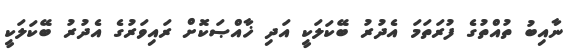
ނާއިބު ތުއްތުގެ ފުރަތަމަ އެދުރު ބޭކަލަކީ އަދި ޚާއްޞަކޮށް ރައިވަރުގެ އެދުރު ބޭކަލަކީ